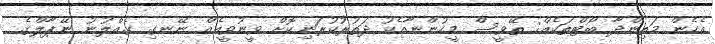
އެހެން މަތިންދާ ބޯޓްތަކެއް: ތޭވީސް މީހުންނާއެކު ދަތުރުކުރަނިކޮށް ވީނުވީއެއް ނޭނގި ގެއްލުނު ނޭޕާލްގެ